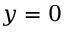
y = 0